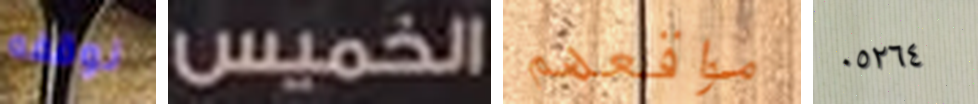
نوقفه الخميس مواقعهم ٠٥٢٦٤